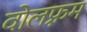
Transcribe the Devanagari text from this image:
वोलफ़्रम